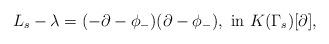
LaTeX: \begin{align*}L_s-\lambda=(-\partial-\phi_-)(\partial-\phi_-),\mbox{ in }K(\Gamma_s)[\partial],\end{align*}